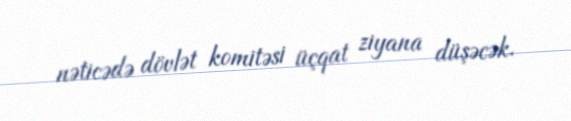
nəticədə dövlət komitəsi üçqat ziyana düşəcək.